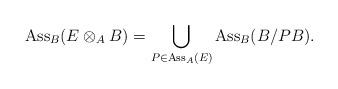
LaTeX: \begin{align*} \operatorname{Ass}_B (E \otimes_A B) = \bigcup_{P \in \operatorname{Ass}_A (E)} \operatorname{Ass}_B (B/P B).\end{align*}